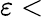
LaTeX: \varepsilon<